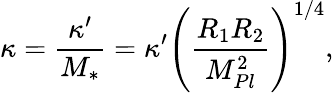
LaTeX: \kappa=\frac{\kappa^{\prime}}{M_{*}}=\kappa^{\prime}\left({\frac{R_{1}R_{2}}{M_{Pl}^{2}}}\right)^{1/4},